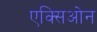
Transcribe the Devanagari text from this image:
एक्सिओन